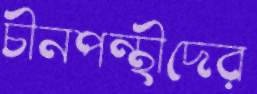
চীনপন্থীদের